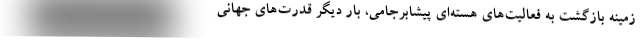
زمینه بازگشت به فعالیت‌های هسته‌ای پیشابرجامی، بار دیگر قدرت‌های جهانی